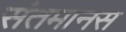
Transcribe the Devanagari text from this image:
संतमानस